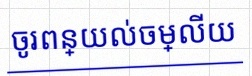
ចូរពន្យល់ចម្លើយ